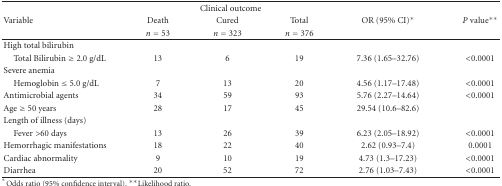
<table><thead><tr><td><b> </b></td><td colspan="3"><b>Clinical outcome</b></td><td><b> </b></td><td><b> </b></td></tr><tr><td><b>Variable</b></td><td><b>Death</b></td><td><b>Cured</b></td><td><b>Total</b></td><td><b>OR (95% CI)*</b></td><td><b><i>P</i> value**</b></td></tr><tr><td><b> </b></td><td><b><i>n</i> = 53</b></td><td><b><i>n</i> = 323</b></td><td><b><i>n</i> = 376</b></td><td><b> </b></td><td><b> </b></td></tr></thead><tbody><tr><td>High total bilirubin</td><td> </td><td> </td><td> </td><td> </td><td> </td></tr><tr><td> Total Bilirubin ≥ 2.0 g/dL</td><td>13</td><td>6</td><td>19</td><td>7.36 (1.65–32.76)</td><td>&lt;0.0001</td></tr><tr><td>Severe anemia</td><td> </td><td> </td><td> </td><td> </td><td> </td></tr><tr><td> Hemoglobin ≤ 5.0 g/dL</td><td>7</td><td>13</td><td>20</td><td>4.56 (1.17–17.48)</td><td>&lt;0.0001</td></tr><tr><td>Antimicrobial agents</td><td>34</td><td>59</td><td>93</td><td>5.76 (2.27–14.64)</td><td>&lt;0.0001</td></tr><tr><td>Age ≥ 50 years</td><td>28</td><td>17</td><td>45</td><td>29.54 (10.6–82.6)</td><td> </td></tr><tr><td>Length of illness (days)</td><td> </td><td> </td><td> </td><td> </td><td> </td></tr><tr><td> Fever &gt;60 days</td><td>13</td><td>26</td><td>39</td><td>6.23 (2.05–18.92)</td><td>&lt;0.0001</td></tr><tr><td>Hemorrhagic manifestations</td><td>18</td><td>22</td><td>40</td><td>2.62 (0.93–7.4)</td><td>0.0001</td></tr><tr><td>Cardiac abnormality</td><td>9</td><td>10</td><td>19</td><td>4.73 (1.3–17.23)</td><td>&lt;0.0001</td></tr><tr><td>Diarrhea</td><td>20</td><td>52</td><td>72</td><td>2.76 (1.03–7.43)</td><td>&lt;0.0001</td></tr></tbody></table>